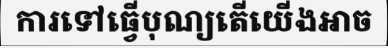
ការទៅធ្វើបុណ្យតើយើងអាច